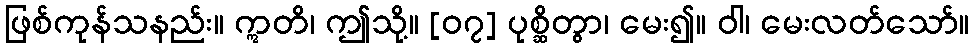
ဖြစ်ကုန်သနည်း။ ဣတိ၊ ဤသို့။ [၀၇] ပုစ္ဆိတွာ၊ မေး၍။ ဝါ၊ မေးလတ်သော်။